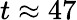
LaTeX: t\approx 47